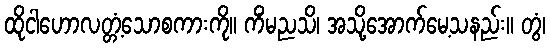
ထိုငါဟောလတ္တံ့သောစကားကို။ ကိံမညသိ၊ အသို့အောက်မေ့သနည်း။ တွံ၊